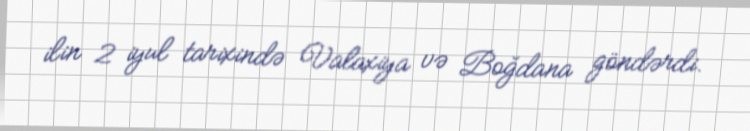
ilin 2 iyul tarixində Valaxiya və Boğdana göndərdi.